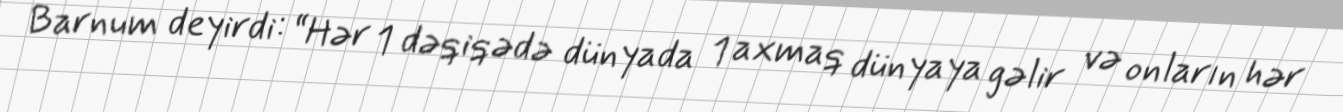
Barnum deyirdi: “Hər 1 dəqiqədə dünyada 1 axmaq dünyaya gəlir və onların hər